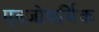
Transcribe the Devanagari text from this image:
एक्जोथर्मिक